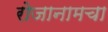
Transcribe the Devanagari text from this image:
रोजानामचा